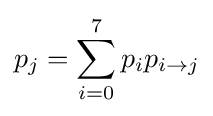
p_{j}=\sum _{i=0}^{7}p_{i}p_{i\rightarrow j}